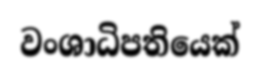
වංශාධිපතියෙක්